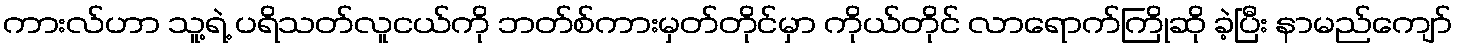
ကားလ်ဟာ သူ့ရဲ့ ပရိသတ်လူငယ်ကို ဘတ်စ်ကားမှတ်တိုင်မှာ ကိုယ်တိုင် လာရောက်ကြိုဆို ခဲ့ပြီး နာမည်ကျော်